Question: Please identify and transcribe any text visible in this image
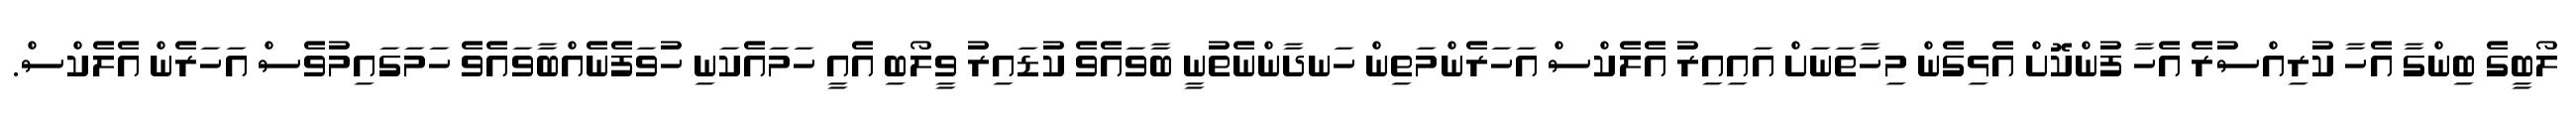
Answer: ލޯބީގެ ބިންގާ އެހާ ކުރިއްސުރެ އެހާ ފުންކޮށް އެޅިގެން މިހާތަނަށް އައިއިރު އެލެކްސް އަހަރެންމަތިން ހަނދާންނެތުނީ ބާވައެވެ ކުޑައިރު ވީލޯބި އެއީ ހަމައެކަނި ހުވަފެނެއްބާވައެވެ ހަމަގައިމުވެސް އަހަރެން އެލެކްސް.